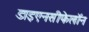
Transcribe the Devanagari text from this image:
डाइएनसीफेलॉन